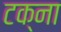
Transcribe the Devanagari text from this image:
टक्ना